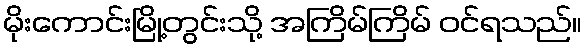
မိုးကောင်းမြို့တွင်းသို့ အကြိမ်ကြိမ် ဝင်ရသည်။